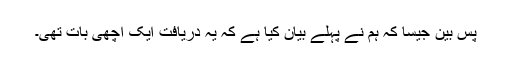
پس بین جیسا کہ ہم نے پہلے بیان کیا ہے کہ یہ دریافت ایک اچھی بات تھی۔